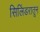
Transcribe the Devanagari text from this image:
सिलिंडरातून